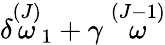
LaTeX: \delta\stackrel{(J)}{\omega}_{1}+\gamma\stackrel{(J-1)}{\omega}